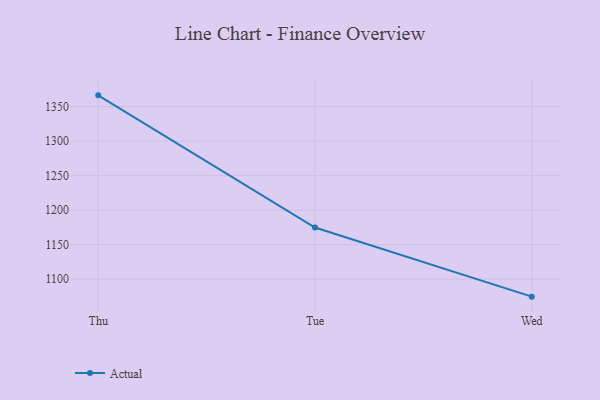
{"axis": {"x": "Day", "y": "Waste Production (Tons)"}, "legend": ["Actual"], "data": [{"x": "Thu", "y": 1366.3, "type": "Actual"}, {"x": "Tue", "y": 1174.8, "type": "Actual"}, {"x": "Wed", "y": 1074.7, "type": "Actual"}]}